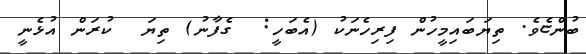
ބުންޏެވެ. ތިޔަބައިމީހުން ފިރިހެނަކު (އެބަހީ:  ގެފާނު) ތިޔަ  ކުރަން އުޅެނީ